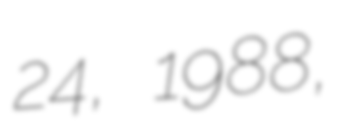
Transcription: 24, 1988,